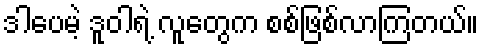
ဒါပေမဲ့ ဒူဝါရဲ့ လူတွေက စစ်ဖြစ်လာကြတယ်။